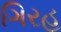
ગિરહ